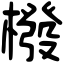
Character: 橃